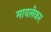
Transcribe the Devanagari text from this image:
मावलेकर